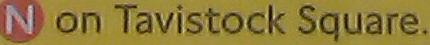
N on Tavistock Square.